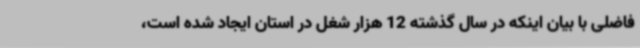
فاضلی با بیان اینکه در سال گذشته 12 هزار شغل در استان ایجاد شده است،